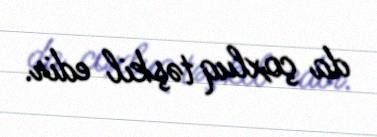
da çoxluq təşkil edir.